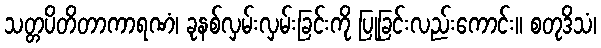
သတ္တပိတိတာကာရဏံ၊ ခုနစ်လှမ်းလှမ်းခြင်းကို ပြုခြင်းလည်းကောင်း။ စတုဒိသံ၊